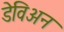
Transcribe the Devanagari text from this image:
डेविअन